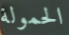
الحمولة